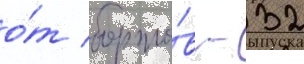
о́т борто́в - 32